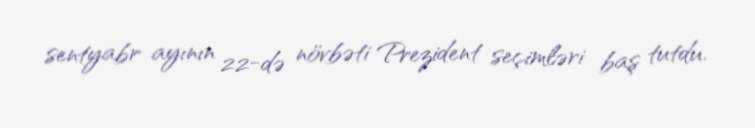
sentyabr ayının 22-də növbəti Prezident seçimləri baş tutdu.